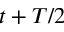
t + T / 2